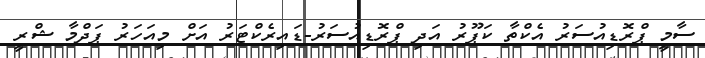
ސާމީ ޕްރޮޑިއުސަރު އެކްތާ ކަޕޫރު އަދި ޕްރޮޑިއުސަރު-ޑައިރެކްޓަރު އަށް މިއަހަރު ޕަދްމާ ޝްރީ